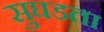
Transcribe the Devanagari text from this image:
सुघडता